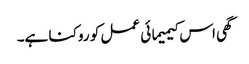
گھی اس کیمیمائی عمل کو روکنا ہے۔